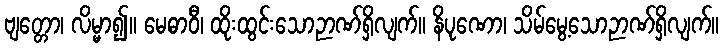
ဗျတ္တော၊ လိမ္မာ၍။ မေဓာဝီ၊ ထိုးထွင်းသောဉာဏ်ရှိလျက်။ နိပုဏော၊ သိမ်မွေ့သောဉာဏ်ရှိလျက်။